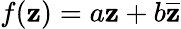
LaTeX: f(\mathbf{z})=a\mathbf{z}+b{\overline{{{\mathbf{z}}}}}